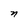
Character: n